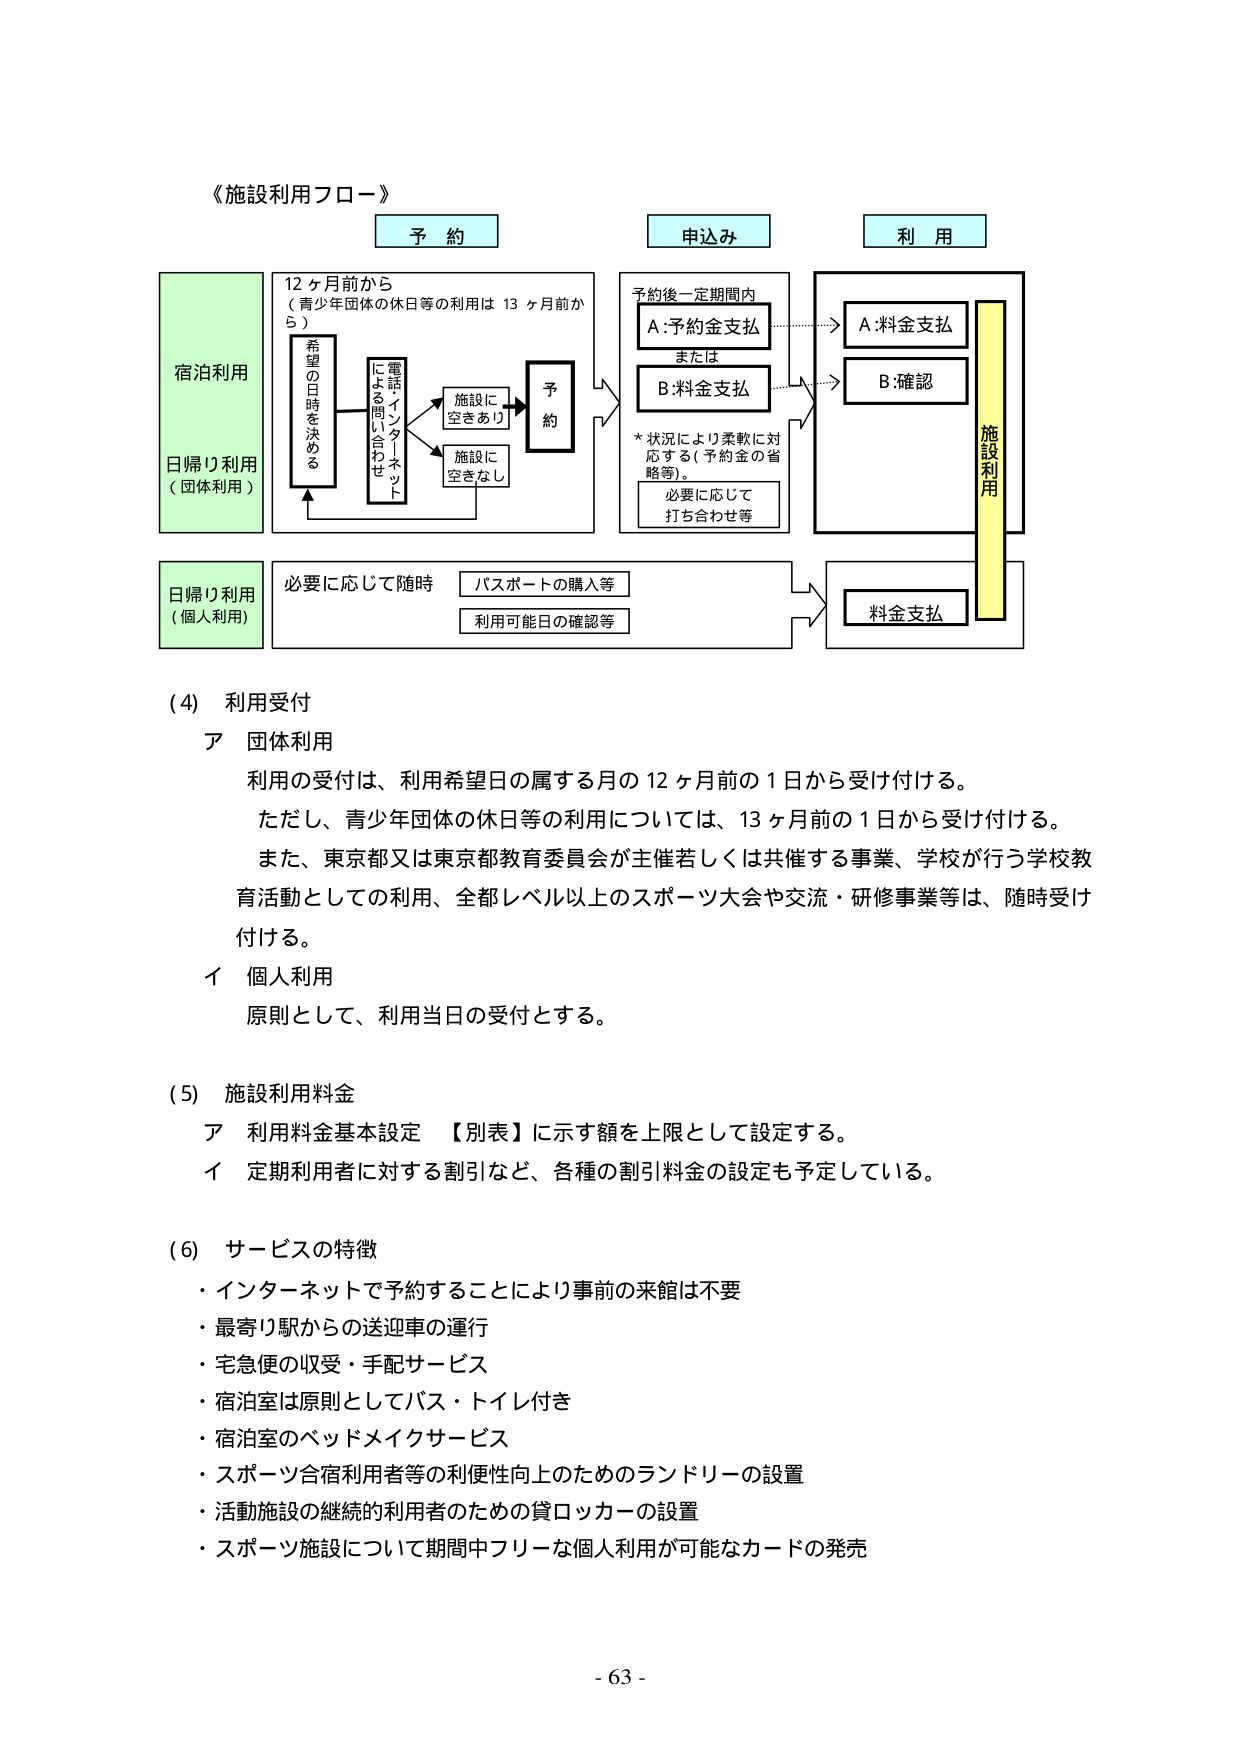
《施設利用フロー》

予 約
申込み
利 用

宿泊利用
日帰り利用
（団体利用）

12ヶ月前から
（青少年団体の休日等の利用は13ヶ月前から）

希望の日時を決める
電話・インターネット
による問い合わせ
施設に空きあり
施設に空きなし
予約

予約後一定期間内
A:予約金支払
または
B:料金支払
*状況により柔軟に対応する（予約金の省略等）。
必要に応じて
打ち合わせ等

A:料金支払
B:確認
施設利用

日帰り利用
（個人利用）
必要に応じて随時
パスポートの購入等
利用可能日の確認等
料金支払

(4) 利用受付
ア 団体利用
利用の受付は、利用希望日の属する月の12ヶ月前の1日から受け付ける。
ただし、青少年団体の休日等の利用については、13ヶ月前の1日から受け付ける。
また、東京都又は東京都教育委員会が主催若しくは共催する事業、学校が行う学校教育活動としての利用、全都レベル以上のスポーツ大会や交流・研修事業等は、随時受け付ける。
イ 個人利用
原則として、利用当日の受付とする。

(5) 施設利用料金
ア 利用料金基本設定 【別表】に示す額を上限として設定する。
イ 定期利用者に対する割引など、各種の割引料金の設定も予定している。

(6) サービスの特徴
・インターネットで予約することにより事前の来館は不要
・最寄り駅からの送迎車の運行
・宅急便の収受・手配サービス
・宿泊室は原則としてバス・トイレ付き
・宿泊室のベッドメイクサービス
・スポーツ合宿利用者等の利便性向上のためのランドリーの設置
・活動施設の継続的利用者のための貸ロッカーの設置
・スポーツ施設について期間中フリーな個人利用が可能なカードの発売

- 63 -